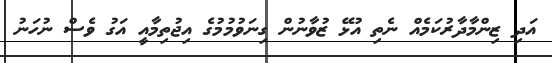
އަދި ޒިންމާދާރުކަމެއް ނެތި އުޅޭ ޒުވާނުން ގިނަވުމުމުގެ އިޖުތިމާއީ އަގު ވެސް ނުހަނު